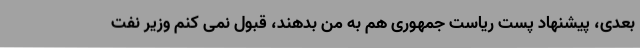
بعدی، پیشنهاد پست ریاست جمهوری هم به من بدهند، قبول نمی کنم وزیر نفت